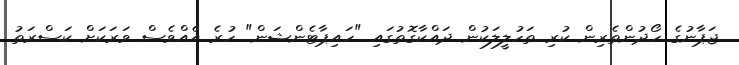
ޖަޕާނުގެ ހޯދުންތެރިން ކުރި ތަހުލީލަކުން ދައްކާގޮތުގައި "ހައިޕާޓެންޝަން" ހުރެ އެއްވެސް ވަރަކަށް ކަސްރަތު